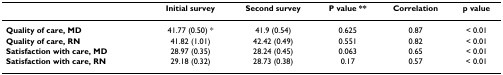
<table><thead><tr><td>[EMPTY_CELL]</td><td><b>Initial survey</b></td><td><b>Second survey</b></td><td><b>P value **</b></td><td><b>Correlation</b></td><td><b>p value</b></td></tr></thead><tbody><tr><td><b>Quality of care, MD</b></td><td>41.77 (0.50) *</td><td>41.9 (0.54)</td><td>0.625</td><td>0.87</td><td>&lt; 0.01</td></tr><tr><td><b>Quality of care, RN</b></td><td>41.82 (1.01)</td><td>42.42 (0.49)</td><td>0.551</td><td>0.82</td><td>&lt; 0.01</td></tr><tr><td><b>Satisfaction with care, MD</b></td><td>28.97 (0.35)</td><td>28.24 (0.45)</td><td>0.063</td><td>0.65</td><td>&lt; 0.01</td></tr><tr><td><b>Satisfaction with care, RN</b></td><td>29.18 (0.32)</td><td>28.73 (0.38)</td><td>0.17</td><td>0.57</td><td>&lt; 0.01</td></tr></tbody></table>